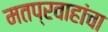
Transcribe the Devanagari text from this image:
मतप्रवाहांचा